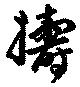
擣